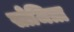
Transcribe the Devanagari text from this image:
सोजित्रा